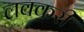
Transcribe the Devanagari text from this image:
लवकरी